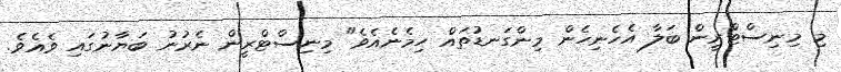
މި މިނިސްޓްރީން ބަލާ އެހެނިހެން މިންގަނޑުތައް ހިމެނެއެވެ" މިނިސްޓްރީން ނެރުނު ބަޔާނުގައި ވެއެވެ.